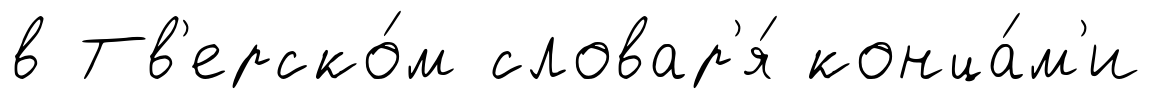
в Тв'ерско́м словар'я́ конца́м'и